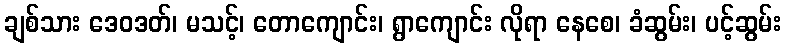
ချစ်သား ဒေဝဒတ်၊ မသင့်၊ တောကျောင်း၊ ရွာကျောင်း လိုရာ နေစေ၊ ခံဆွမ်း၊ ပင့်ဆွမ်း